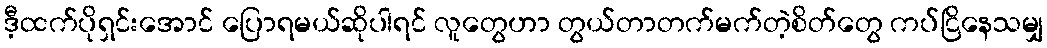
ဒီ့ထက်ပိုရှင်းအောင် ပြောရမယ်ဆိုပါရင် လူတွေဟာ တွယ်တာတက်မက်တဲ့စိတ်တွေ ကပ်ငြိနေသမျှ